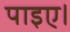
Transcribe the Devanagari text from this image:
पाइए।